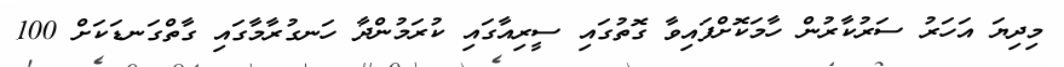
މިދިޔަ އަހަރު ސަރުކާރުން ހާމަކޮށްފައިވާ ގޮތުގައި ސީރިއާގައި ކުރަމުންދާ ހަނގުރާމާގައި ގާތްގަނޑަކަށް 100